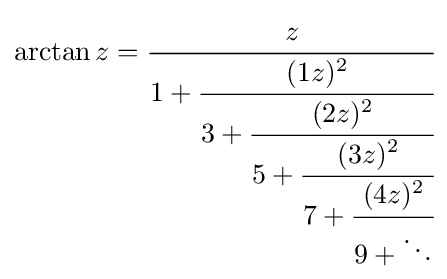
\arctan z={\cfrac {z}{1+{\cfrac {(1z)^{2}}{3+{\cfrac {(2z)^{2}}{5+{\cfrac {(3z)^{2}}{7+{\cfrac {(4z)^{2}}{9+\ddots }}}}}}}}}}